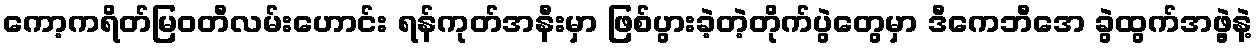
ကော့ကရိတ်မြဝတီလမ်းဟောင်း ရန်ကုတ်အနီးမှာ ဖြစ်ပွားခဲ့တဲ့တိုက်ပွဲတွေမှာ ဒီကေဘီအေ ခွဲထွက်အဖွဲ့နဲ့